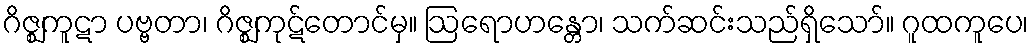
ဂိဇ္ဈကူဋာ ပဗ္ဗတာ၊ ဂိဇ္ဈကုဋ်တောင်မှ။ ဩရောဟန္တော၊ သက်ဆင်းသည်ရှိသော်။ ဂူထကူပေ၊